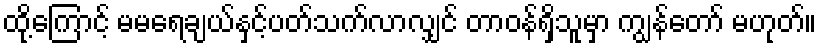
ထို့ကြောင့် မမရေချယ်နှင့်ပတ်သက်လာလျှင် တာဝန်ရှိသူမှာ ကျွန်တော် မဟုတ်။